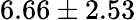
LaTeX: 6.66\pm 2.53